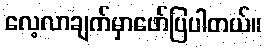
လေ့လာချက်မှာဖော်ပြပါတယ်။